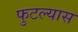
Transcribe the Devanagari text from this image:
फुटल्यास